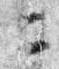
ニ